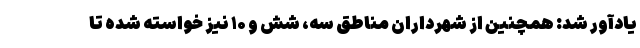
یادآور شد: همچنین از شهرداران مناطق سه، شش و ۱۰ نیز خواسته شده تا